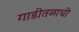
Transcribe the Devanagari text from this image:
गाडीतळाची